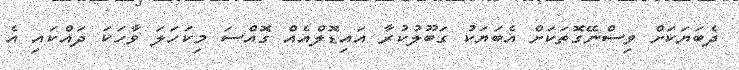
ދެބަޔަކަށް ވިސްނޭގޮތަކަށް އެބަޔަކު ގަބޫލުކުރާ އައިޑޮލްއެއް ގޮއްސަ މިކަހަލަ ވާހަކަ ދައްކައި އެ